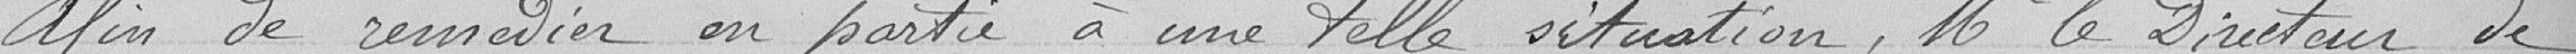
Afin de remédier en partie à une telle situation, Monsieur le Directeur de